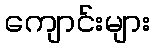
ကျောင်းများ